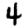
Digit: 4